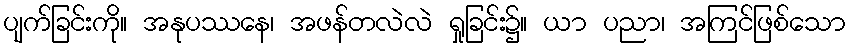
ပျက်ခြင်းကို။ အနုပဿနေ၊ အဖန်တလဲလဲ ရှုခြင်း၌။ ယာ ပညာ၊ အကြင်ဖြစ်သော